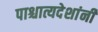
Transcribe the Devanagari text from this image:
पाश्चात्यदेशांनी